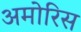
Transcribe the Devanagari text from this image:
अमोरिस